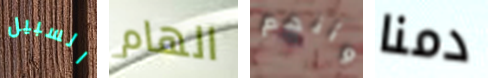
السبيل الهام وأنهم دمنا